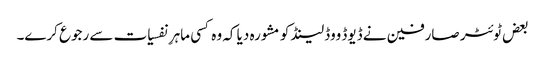
بعض ٹوئٹر صارفین نے ڈیوڈ ووڈلینڈ کو مشورہ دیا کہ وہ کسی ماہرِ نفسیات سے رجوع کرے۔